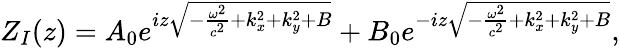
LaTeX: Z_{I}(z)=A_{0}e^{iz\sqrt{-\frac{\omega^{2}}{c^{2}}+k_{x}^{2}+k_{y}^{2}+B}}+B_{0}e^{-iz\sqrt{-\frac{\omega^{2}}{c^{2}}+k_{x}^{2}+k_{y}^{2}+B}},